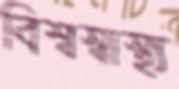
বিশ্বস্বাস্থ্য